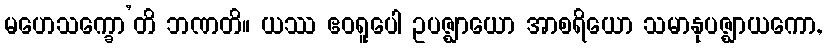
မဟေသက္ခော’တိ ဘဏတိ။ ယဿ ဧဝရူပေါ ဥပဇ္ဈာယော အာစရိယော သမာနုပဇ္ဈာယကော,